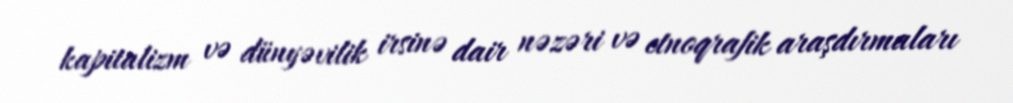
kapitalizm və dünyəvilik irsinə dair nəzəri və etnoqrafik araşdırmaları